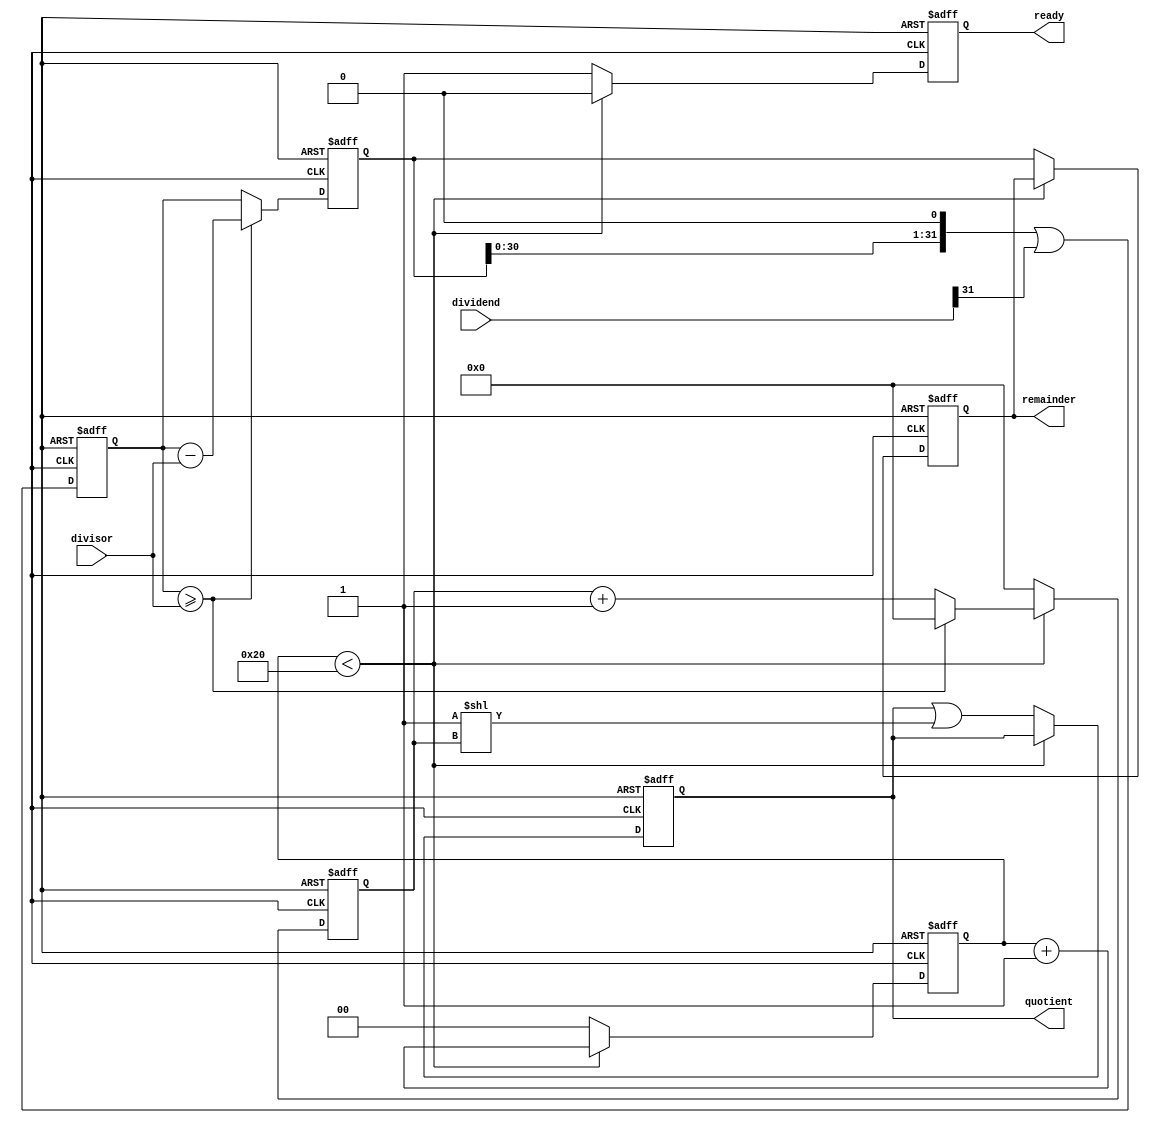
module pipelined_divider (
    input [31:0] dividend,
    input [31:0] divisor,
    output reg [31:0] quotient,
    output reg [31:0] remainder,
    output reg ready
);

reg [31:0] subtrahend;
reg [31:0] remainder_next;
reg [4:0] shift_count;
reg [1:0] normalization_count;

always @ (posedge clk or posedge rst) begin
    if (rst) begin
        quotient <= 0;
        remainder <= 0;
        ready <= 0;
        subtrahend <= 0;
        remainder_next <= 0;
        shift_count <= 0;
        normalization_count <= 0;
    end else begin
        ready <= 0;

        // Pipeline stage 1: Subtraction
        subtrahend <= (remainder_next << 1) | (dividend[31] & 1);

        // Pipeline stage 2: Normalization
        if (subtrahend >= divisor) begin
            remainder_next <= subtrahend - divisor;
            shift_count <= 0;
        end else begin
            remainder_next <= subtrahend;
            shift_count <= shift_count + 1;
        end

        // Pipeline stage 3: Quotient computation
        if (normalization_count < 32) begin
            normalization_count <= normalization_count + 1;
        end else begin
            quotient <= quotient | (1 << shift_count);
            shift_count <= 0;
            normalization_count <= 0;
            ready <= 1;
        end

        // Pipeline stage 4: Remainder computation
        if (normalization_count < 32) begin
            normalization_count <= normalization_count + 1;
        end else begin
            shift_count <= 0;
            remainder <= remainder_next;
            normalization_count <= 0;
        end
    end
end

endmodule